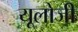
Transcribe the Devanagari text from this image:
यूलोजी